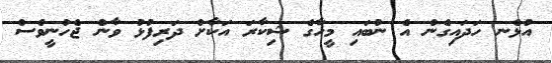
އުޅެނ ހަދައިގެން އެ ނުބައި މީހާގެ ޝިކާރަ އަކާށް ދަރިފުޅު ވާން ޖެހުނީވެސް